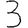
Digit: 3